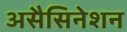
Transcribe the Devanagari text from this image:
असैसिनेशन